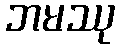
ဘမဿု